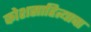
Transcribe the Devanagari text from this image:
कोशसाहित्याचा